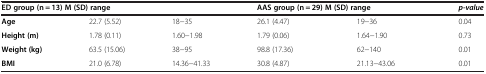
| <COLSPAN=3> ED group (n = 13) M (SD) range | <COLSPAN=2> AAS group (n = 29) M (SD) range | p-value |
 | --- | --- | --- | --- | --- | --- |
 | Age | 22.7 (5.52) | 18-35 | 26.1 (4.47) | 19-36 | 0.04 |
 | Height (m) | 1.78 (0.11) | 1.60-1.98 | 1.79 (0.06) | 1.64-1.90 | 0.73 |
 | Weight (kg) | 63.5 (15.06) | 38-95 | 98.8 (17.36) | 62-140 | 0.01 |
 | BMI | 21.0 (6.78) | 14.36-41.33 | 30.8 (4.87) | 21.13-43.06 | 0.01 |